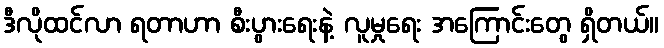
ဒီလိုထင်လာ ရတာဟာ စီးပွားရေးနဲ့ လူမှုရေး အကြောင်းတွေ ရှိတယ်။